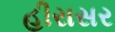
હીરાસર